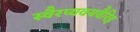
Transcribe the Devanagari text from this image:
स्वैरप्यवयवैरिह